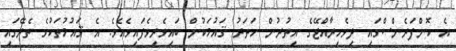
އެ ކޮންފަރެންސްގައި ދިވެހިރާއްޖޭގެ އިތުރުން ހަތަރު ޤައުމަކުން ބައިވެރިވެފައިވެއެވެ. އެ ޤައުމުތަކުގެ ތެރޭގައި